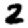
Digit: 2